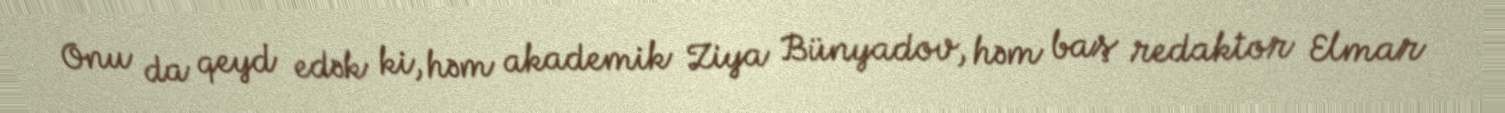
Onu da qeyd edək ki, həm akademik Ziya Bünyadov, həm baş redaktor Elmar